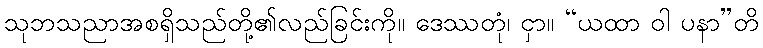
သုဘသညာအစရှိသည်တို့၏လည်ခြင်းကို။ ဒေဿတုံ၊ ငှာ။ “ယထာ ဝါ ပနာ”တိ